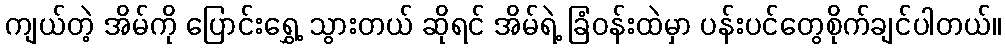
ကျယ်တဲ့ အိမ်ကို ပြောင်းရွှေ့ သွားတယ် ဆိုရင် အိမ်ရဲ့ ခြံဝန်းထဲမှာ ပန်းပင်တွေစိုက်ချင်ပါတယ်။